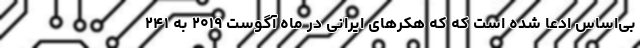
بی‌اساس ادعا شده است که که هکرهای ایرانی در ماه آگوست ۲۰۱۹ به ۲۴۱